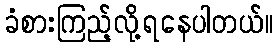
ခံစားကြည့်လို့ရနေပါတယ်။